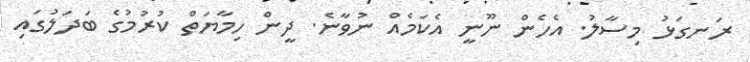
ރަނގަޅު މިސާލު. އެހެން ނޫނީ އެކަމެއް ނުވާނެ. ދީން ހިމާޔަތް ކުރުމުގެ ބަދަލުގައި